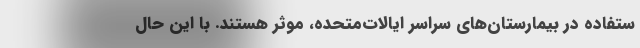
ستفاده در بیمارستان‌های سراسر ایالات‌متحده، موثر هستند. با این‌ حال